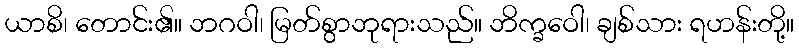
ယာစိ၊ တောင်း၏။ ဘဂဝါ၊ မြတ်စွာဘုရားသည်။ ဘိက္ခဝေါ၊ ချစ်သား ရဟန်းတို့။